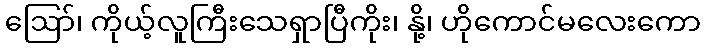
ဪ၊ ကိုယ့်လူကြီးသေရှာပြီကိုး၊ နို့၊ ဟိုကောင်မလေးကော